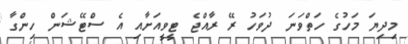
މިދިޔަ މަހުގެ ހަތްވަނަ ދުވަހު ރޭ ރާއްޖެ ޓީވީއަށާއި އެ ސްޓޭޝަން ހިންގާ